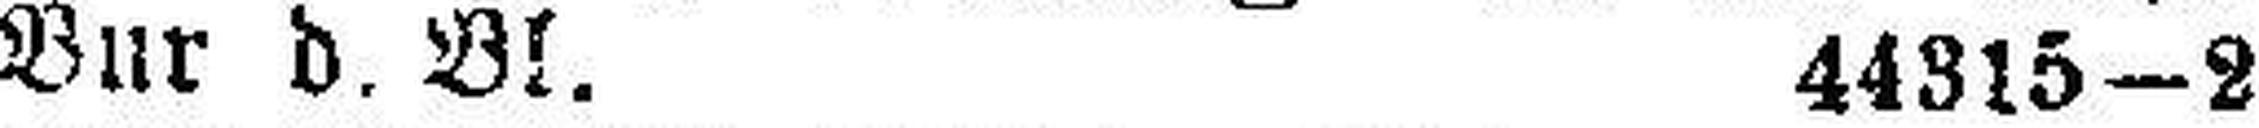
Bur d. Bl. 44315—2